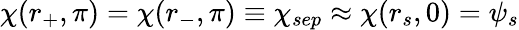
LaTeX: \chi(r_{+},\pi)=\chi(r_{-},\pi)\equiv\chi_{sep}\approx\chi(r_{s},0)=\psi_{s}